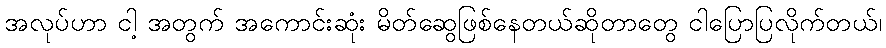
အလုပ်ဟာ ငါ့ အတွက် အကောင်းဆုံး မိတ်ဆွေဖြစ်နေတယ်ဆိုတာတွေ ငါပြောပြလိုက်တယ်၊